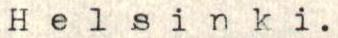
Helsinki.